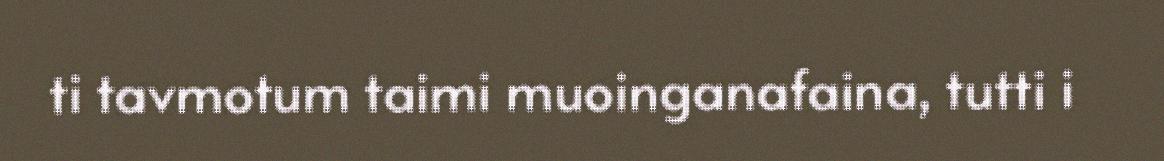
ti tavmotum taimi muoinganafaina, tutti i